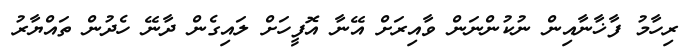
ރިހާމު ފާޚާނާއިން ނުކުންނަން ވާއިރަށް އޭނާ އޮފީހަށް ލައިގެން ދާނޭ ހެދުން ތައްޔާރު